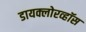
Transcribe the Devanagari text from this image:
डायक्लोरव्हॉस